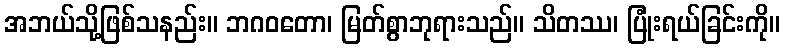
အဘယ်သို့ဖြစ်သနည်း။ ဘဂဝတော၊ မြတ်စွာဘုရားသည်။ သိတဿ၊ ပြုံးရယ်ခြင်းကို။